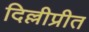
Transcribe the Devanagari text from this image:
दिल्लीप्रीत